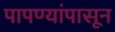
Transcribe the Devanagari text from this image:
पापण्यांपासून